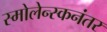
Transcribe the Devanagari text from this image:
स्मोलेन्स्कनंतर